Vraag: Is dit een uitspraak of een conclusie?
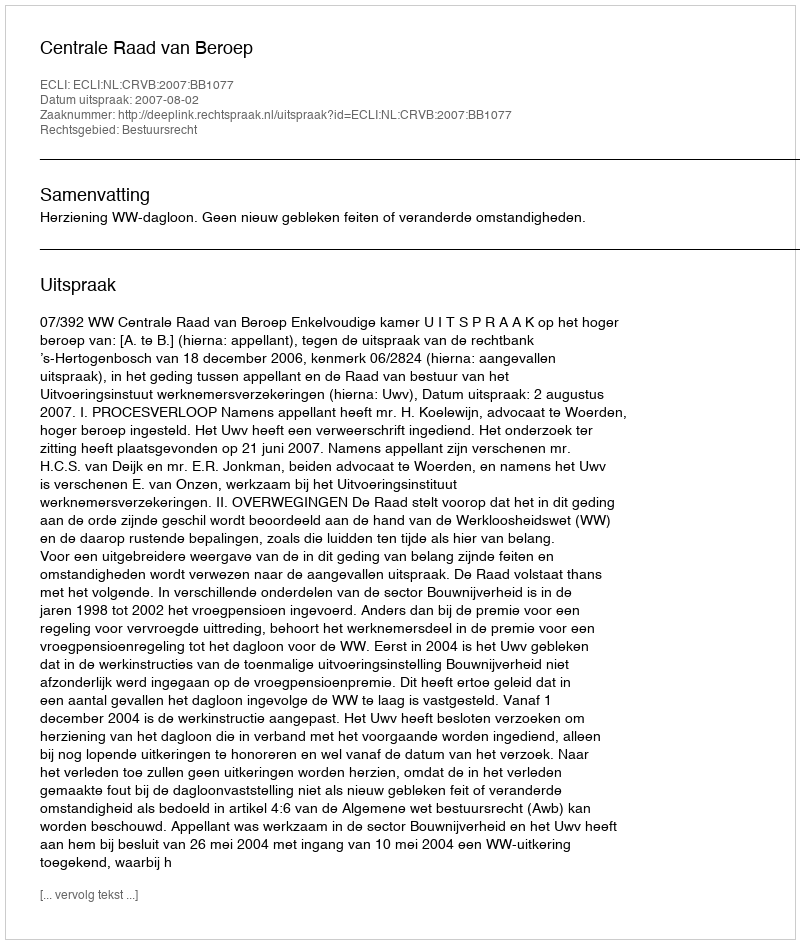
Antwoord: Uitspraak